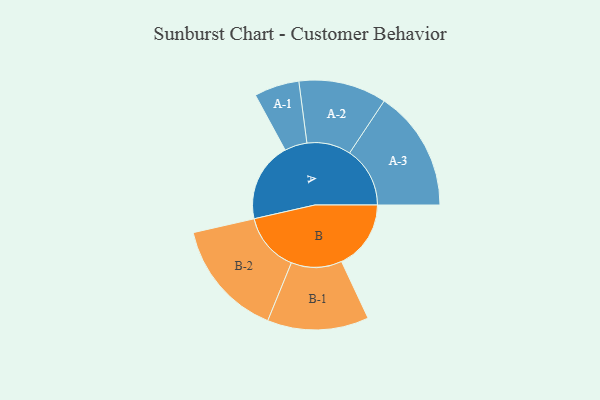
{"axis": {"x": "Segment", "y": "Value"}, "legend": ["", "A", "B"], "data": [{"x": "A", "y": 378, "type": ""}, {"x": "B", "y": 330, "type": ""}, {"x": "A-1", "y": 107, "type": "A"}, {"x": "A-2", "y": 209, "type": "A"}, {"x": "A-3", "y": 287, "type": "A"}, {"x": "B-1", "y": 241, "type": "B"}, {"x": "B-2", "y": 280, "type": "B"}]}